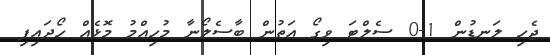
ޖެހި ލަނޑުން 1-0 ސެލްޓަ ވިގޯ އަތުން ބާސެލޯނާ މުހިއްމު މޮޅެއް ހޯދައިފި